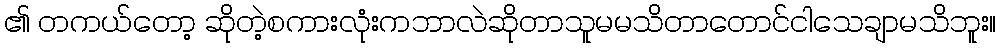
၏ တကယ်တော့ ဆိုတဲ့စကားလုံးကဘာလဲဆိုတာသူမမသိတာတောင်ငါသေချာမသိဘူး။